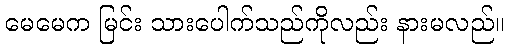
မေမေက မြင်း သားပေါက်သည်ကိုလည်း နားမလည်။